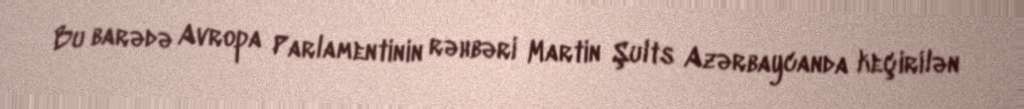
Bu barədə Avropa Parlamentinin rəhbəri Martin Şults Azərbaycanda keçirilən